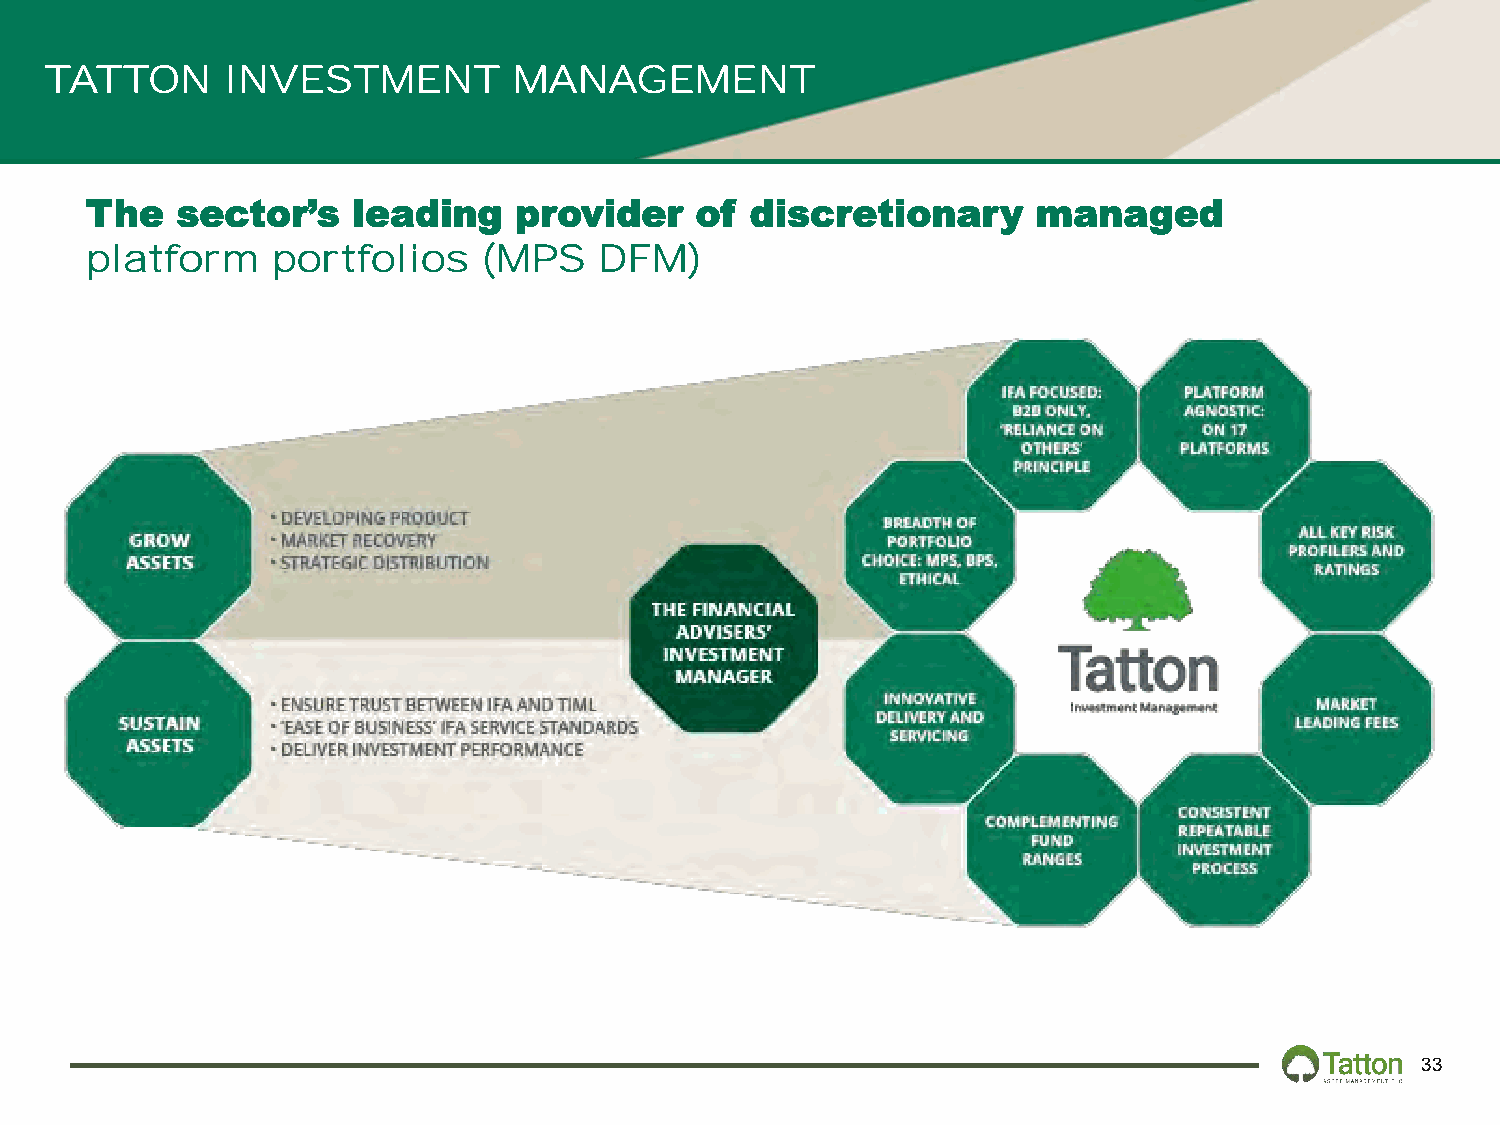
TATTON      INVESTMENT         MANAGEMENT
 The   sector’s   leading    provider    of  discretionary      managed
 platform    portfolios    (MPS    DFM)
 33